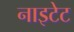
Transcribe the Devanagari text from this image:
नाइटेट